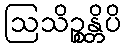
ဩသိဉ္စန္တိပိ